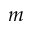
m